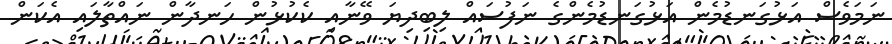
ނަމަވެސް އަޅުގަނޑުމެން އަޅުގަނޑުމެންގެ ނަފުސައް ލިބިދިޔަ ވޭނާއި ކެކުޅުން ހަނދާން ނައްތާލައި އެކަން